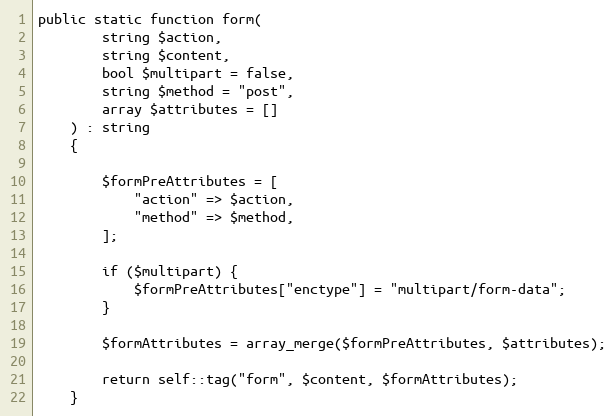
Language: PHP
public static function form(
        string $action,
        string $content,
        bool $multipart = false,
        string $method = "post",
        array $attributes = []
    ) : string
    {

        $formPreAttributes = [
            "action" => $action,
            "method" => $method,
        ];

        if ($multipart) {
            $formPreAttributes["enctype"] = "multipart/form-data";
        }

        $formAttributes = array_merge($formPreAttributes, $attributes);

        return self::tag("form", $content, $formAttributes);
    }